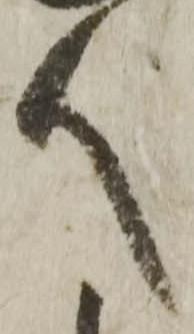
人